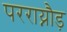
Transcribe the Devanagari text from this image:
परराय्नौड़